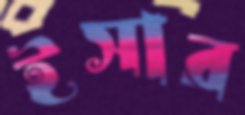
ইসার